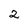
Character: 2